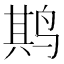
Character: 𫛰